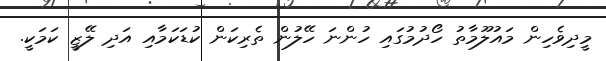
މީދިވެހިން މައުލޫމާތު ހޯދުމުގައި ހުންނަ ހޭލުން ތެރިކަން ކުޑަކަމާއި އަދި ލޭޒީ ކަމަކީ.